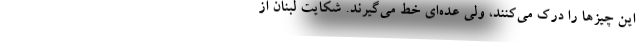
این چیزها را درک می‌کنند، ولی عده‌ای خط می‌گیرند. شکایت لبنان از